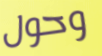
وحول